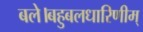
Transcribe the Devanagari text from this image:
बले।बहुबलधारिणीम्